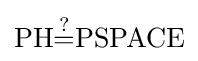
\mathrm {PH} {\overset {?}{=}}\mathrm {PSPACE}